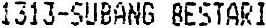
1313-SUBANG BESTARI